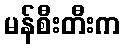
မန်စီးတီးက